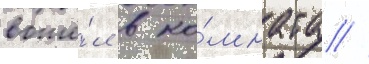
вошё́л в ко́мнату /